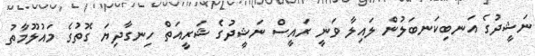
ނަޝީދުގެ އަނބިކަނބަލުން ލައިލާ ވަނީ ރައީސް ނަޝީދުގެ ޝަރީއަތް ހިނގާދިޔަ ގޮތުގެ މައުލޫމާތު